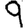
Digit: 9